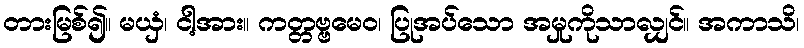
တားမြစ်၍။ မယှံ၊ ငါ့အား။ ကတ္တဗ္ဗမေဝ၊ ပြုအပ်သော အမှုကိုသာလျှင်။ အကာသိ၊